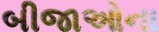
બીજાઓના